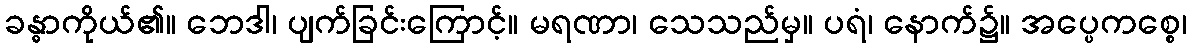
ခန္ဓာကိုယ်၏။ ဘေဒါ၊ ပျက်ခြင်းကြောင့်။ မရဏာ၊ သေသည်မှ။ ပရံ၊ နောက်၌။ အပ္ပေကစ္စေ၊